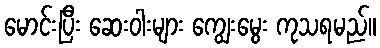
မောင်းပြီး ဆေးဝါးများ ကျွေးမွေး ကုသရမည်။